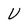
Character: U